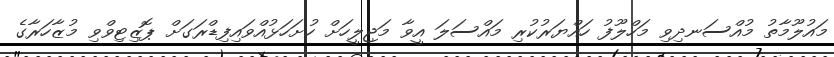
މައުލޫމާތު މުއްސަނދިވި މަހްލޫފު ހައްޔަރުކުރި މައްސަލަ އީވާ މަޖިލީހަށް ހުށަހަޅުއްވައިފިޑްރަގަށް ޕޮޒިޓިވްވި މުޒާހަރާގެ